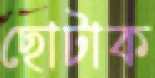
ছোটাক